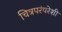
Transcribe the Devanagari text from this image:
चित्रपरंपरेशी